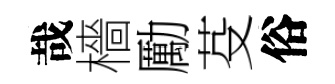
哉檣勵芟俗